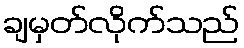
ချမှတ်လိုက်သည်